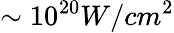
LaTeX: \sim 10^{20}W/cm^{2}